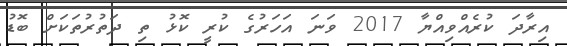
އިރާދަ ކުރެއްވިއްޔާ 2017 ވަނަ އަހަރުގެ ކުރީ ކޮޅު ތި ދަތުރުތަކަށް ބޮޑު